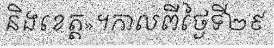
និងខេត្ត»។កាលពីថ្ងៃទី២៩